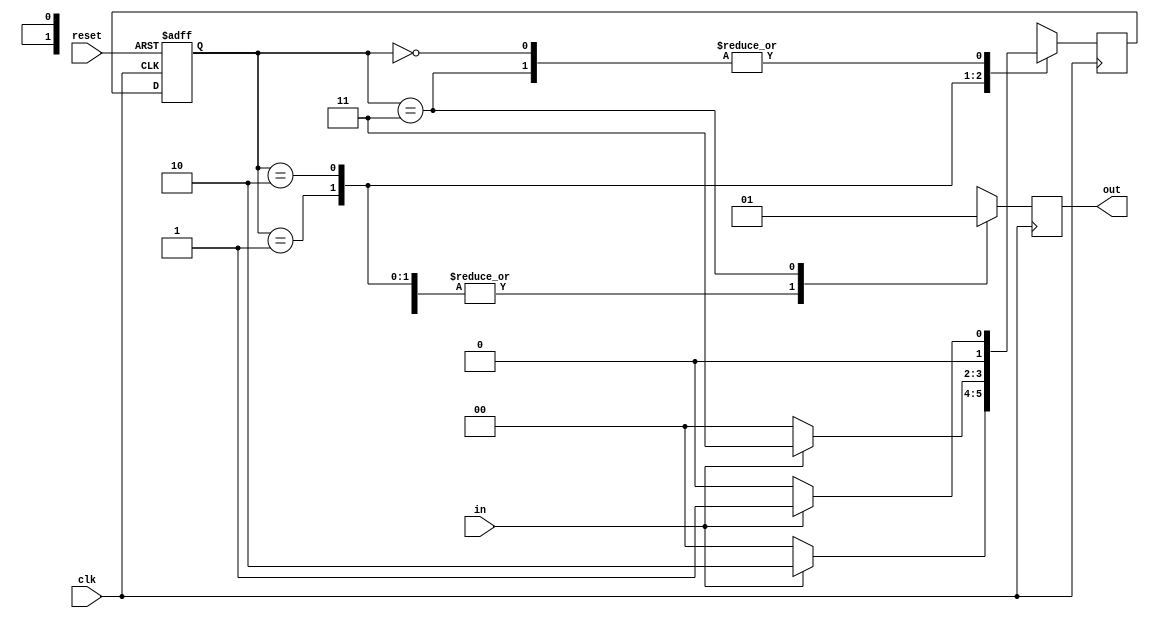
`timescale 1ns / 1ps
//////////////////////////////////////////////////////////////////////////////////
// Company: 
// Engineer: 
// 
// Design Name: 
// Module Name: MealyFSM_NonOverlap
// Project Name: 
// Target Devices: 
// Tool Versions: 
// Description: 
// 
// Dependencies: 
// 
// Revision:
// Revision 0.01 - File Created
// Additional Comments:
// 
//////////////////////////////////////////////////////////////////////////////////



module NonOverlap_MealyFsm(
    input wire clk,
    input wire reset,
    input wire in,
    output reg out
);
    
    reg [1:0] state, next_state;

  // Defining outputs for each state
  always @(posedge clk or posedge reset) begin
    if (reset)
      state <= 2'b00;
    else
      state <= next_state;
  end

  // Defining next state logic and output logic
  always @(posedge clk) begin
    case (state)
      2'b00: begin
        if (in)
          next_state = 2'b01;
        else
          next_state = 2'b00;
        out = 1'b0;
      end

      2'b01: begin
        if (in)
          next_state = 2'b10;
        else
          next_state = 2'b00;
        out = 1'b0;
      end

      2'b10: begin
        if (in)
          next_state = 2'b11;
        else
          next_state = 2'b00;
        out = 1'b0;
      end

      2'b11: begin
        if (in)
          next_state = 2'b01;
        else
          next_state = 2'b00;
        out = 1'b1;  // Output "101" detected
      end
    endcase
  end

endmodule